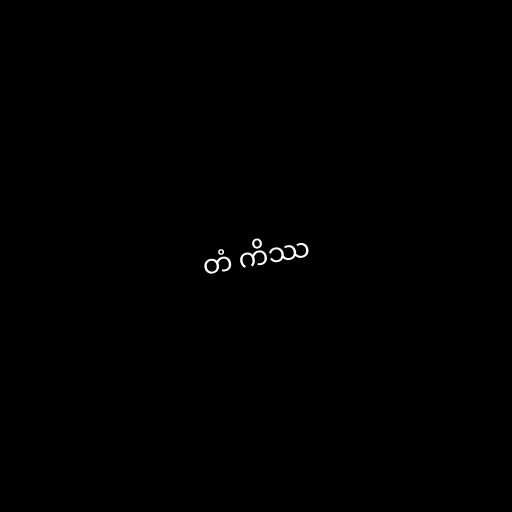
တံ ကိဿ